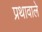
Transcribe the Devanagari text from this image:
प्रथावाले